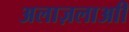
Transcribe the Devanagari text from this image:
अलाज़लाआी